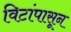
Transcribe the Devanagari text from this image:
विटांपासून